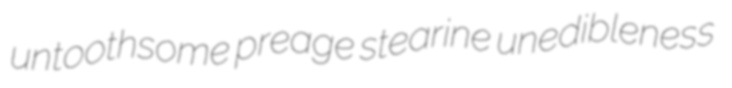
untoothsome preage stearine unedibleness